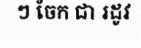
ៗ ចែក ជា រដូវ